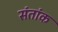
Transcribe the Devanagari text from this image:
संतांक